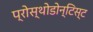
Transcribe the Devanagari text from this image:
प्रोस्थोडोन्टिस्ट